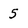
Character: 5